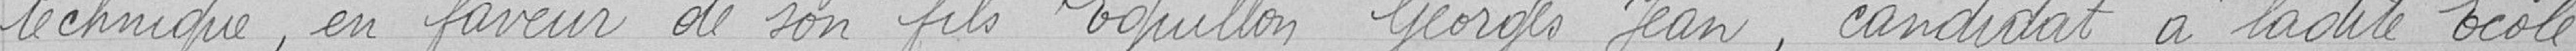
technique, en faveur de son films Eguillon Georges Jean, candidat à ladite école.